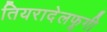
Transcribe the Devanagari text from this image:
तियरादेलफूगी